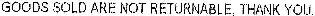
GOODS SOLD ARE NOT RETURNABLE.THANK YOU.